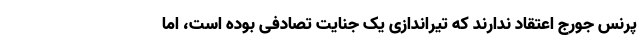
پرنس جورج اعتقاد ندارند که تیراندازی یک جنایت تصادفی بوده است، اما